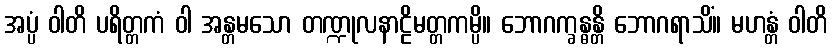
အပ္ပံ ဝါတိ ပရိတ္တကံ ဝါ အန္တမသော တဏ္ဍုလနာဠိမတ္တကမ္ပိ။ ဘောဂက္ခန္ဓန္တိ ဘောဂရာသိံ။ မဟန္တံ ဝါတိ